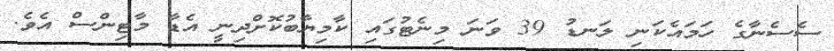
ސެސެނާގެ ހަމައެކަނި ލަނޑު 39 ވަނަ މިނެޓުގައި ކާމިޔާބުކޮށްދިނީ އެޑާ މާޓިންސް އެވެ.